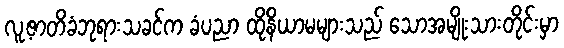
လူ့ဇာတိခံဘုရားသခင်က ခံပညာ ထိုနိယာမများသည် သောအမျိုးသားတိုင်းမှာ